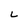
Character: L